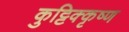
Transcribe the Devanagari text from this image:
कुट्टिक्कृष्ण